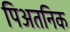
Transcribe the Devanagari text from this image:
पिअतनिक